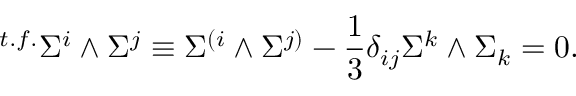
{ } ^ { t . f . } \Sigma ^ { i } \wedge \Sigma ^ { j } \equiv \Sigma ^ { ( i } \wedge \Sigma ^ { j ) } - { \frac { 1 } { 3 } } \delta _ { i j } \Sigma ^ { k } \wedge \Sigma _ { k } = 0 .